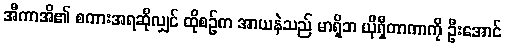
အီကာအိ၏ စကားအရဆိုလျှင် ထိုစဉ်က အာယနဲသည် မာရှိဘ ယိုရှီတာကာကို ဦးအောင်